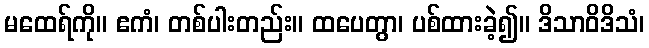
မထေရ်ကို။ ဧကံ၊ တစ်ပါးတည်း။ ထပေတွာ၊ ပစ်ထားခဲ့၍။ ဒိသာဝိဒိသံ၊